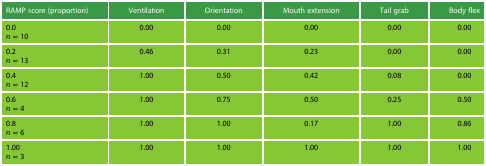
<table><thead><tr><td><b>RAMP score (proportion)</b></td><td><b>Ventilation</b></td><td><b>Orientation</b></td><td><b>Mouth extension</b></td><td><b>Tail grab</b></td><td><b>Body flex</b></td></tr></thead><tbody><tr><td>0.0<i>n</i> = 10</td><td>0.00</td><td>0.00</td><td>0.00</td><td>0.00</td><td>0.00</td></tr><tr><td>0.2<i>n</i> = 13</td><td>0.46</td><td>0.31</td><td>0.23</td><td>0.00</td><td>0.00</td></tr><tr><td>0.4<i>n</i> = 12</td><td>1.00</td><td>0.50</td><td>0.42</td><td>0.08</td><td>0.00</td></tr><tr><td>0.6<i>n</i> = 4</td><td>1.00</td><td>0.75</td><td>0.50</td><td>0.25</td><td>0.50</td></tr><tr><td>0.8<i>n</i> = 6</td><td>1.00</td><td>1.00</td><td>0.17</td><td>1.00</td><td>0.86</td></tr><tr><td>1.00<i>n</i> = 3</td><td>1.00</td><td>1.00</td><td>1.00</td><td>1.00</td><td>1.00</td></tr></tbody></table>